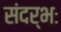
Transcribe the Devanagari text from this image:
संदर्भः